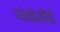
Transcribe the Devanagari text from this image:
व्यंकोजींची